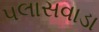
પલાસવાડા